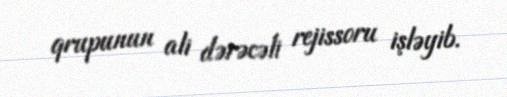
qrupunun ali dərəcəli rejissoru işləyib.